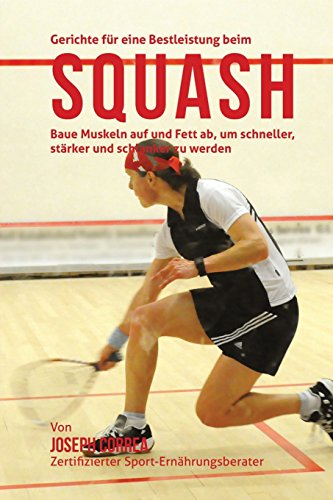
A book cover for Gerichte fur eine Bestleistung beim Squash: Baue Muskeln auf und Fett ab, um schneller, starker und schlanker zu werden (German Edition); Joseph Correa (Zertifizierter Sport-Ernahrungsberater); Sports & Outdoors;